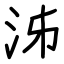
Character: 泲